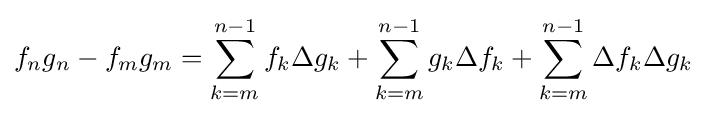
f_{n}g_{n}-f_{m}g_{m}=\sum _{k=m}^{n-1}f_{k}\Delta g_{k}+\sum _{k=m}^{n-1}g_{k}\Delta f_{k}+\sum _{k=m}^{n-1}\Delta f_{k}\Delta g_{k}